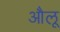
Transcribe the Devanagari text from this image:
औलू